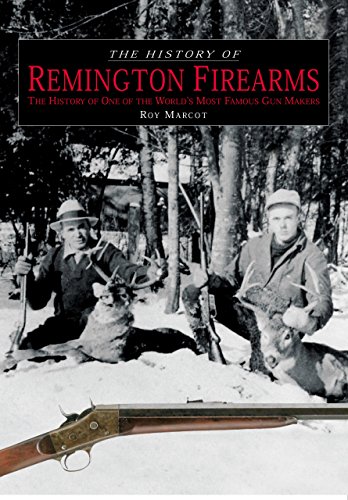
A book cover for History of Remington Firearms: The History Of One Of The World's Most Famous Gun Makers; Roy Marcot; Crafts, Hobbies & Home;